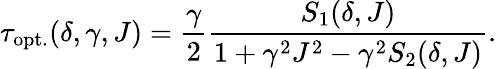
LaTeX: \tau_{\mathrm{opt.}}(\delta,\gamma,J)=\frac{\gamma}{2}\frac{S_{1}(\delta,J)}{1+\gamma^{2}J^{2}-\gamma^{2}S_{2}(\delta,J)}.